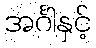
အင်္ဂါနှင့်